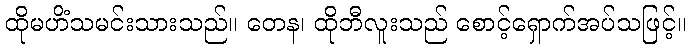
ထိုမဟိံသမင်းသားသည်။ တေန၊ ထိုဘီလူးသည် စောင့်ရှောက်အပ်သဖြင့်။